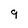
Character: 9